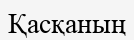
Қасқаның